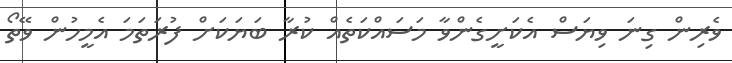
ވެރިން ގިނަ ވިޔަސް އެކަށީގެންވާ މަސައްކަތެއް ކުރާ ބަޔަކަށް ފުރަތަމަ އެމީހުން ވޭތޯ